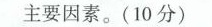
主要因素。(10分)